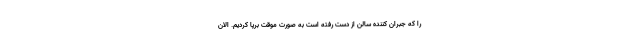
را که جبران کننده سالن از دست رفته است به صورت موقت برپا کردیم. الان